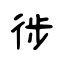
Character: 徏